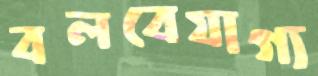
বলবেযাগ্য